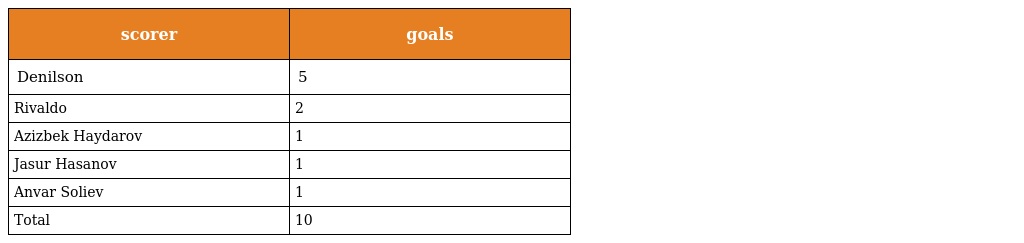
| scorer | goals |
 | --- | --- |
 | Denilson | 5 |
 | Rivaldo | 2 |
 | Azizbek Haydarov | 1 |
 | Jasur Hasanov | 1 |
 | Anvar Soliev | 1 |
 | Total | 10 |